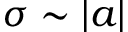
\sigma \sim | a |